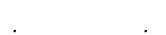
:        :